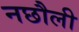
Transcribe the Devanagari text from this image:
नछौली